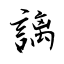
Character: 謧